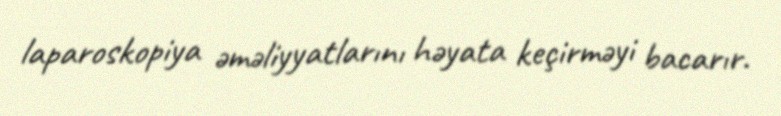
laparoskopiya əməliyyatlarını həyata keçirməyi bacarır.